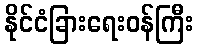
နိုင်ငံခြားရေးဝန်ကြီး